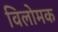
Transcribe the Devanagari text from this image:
विलोमक